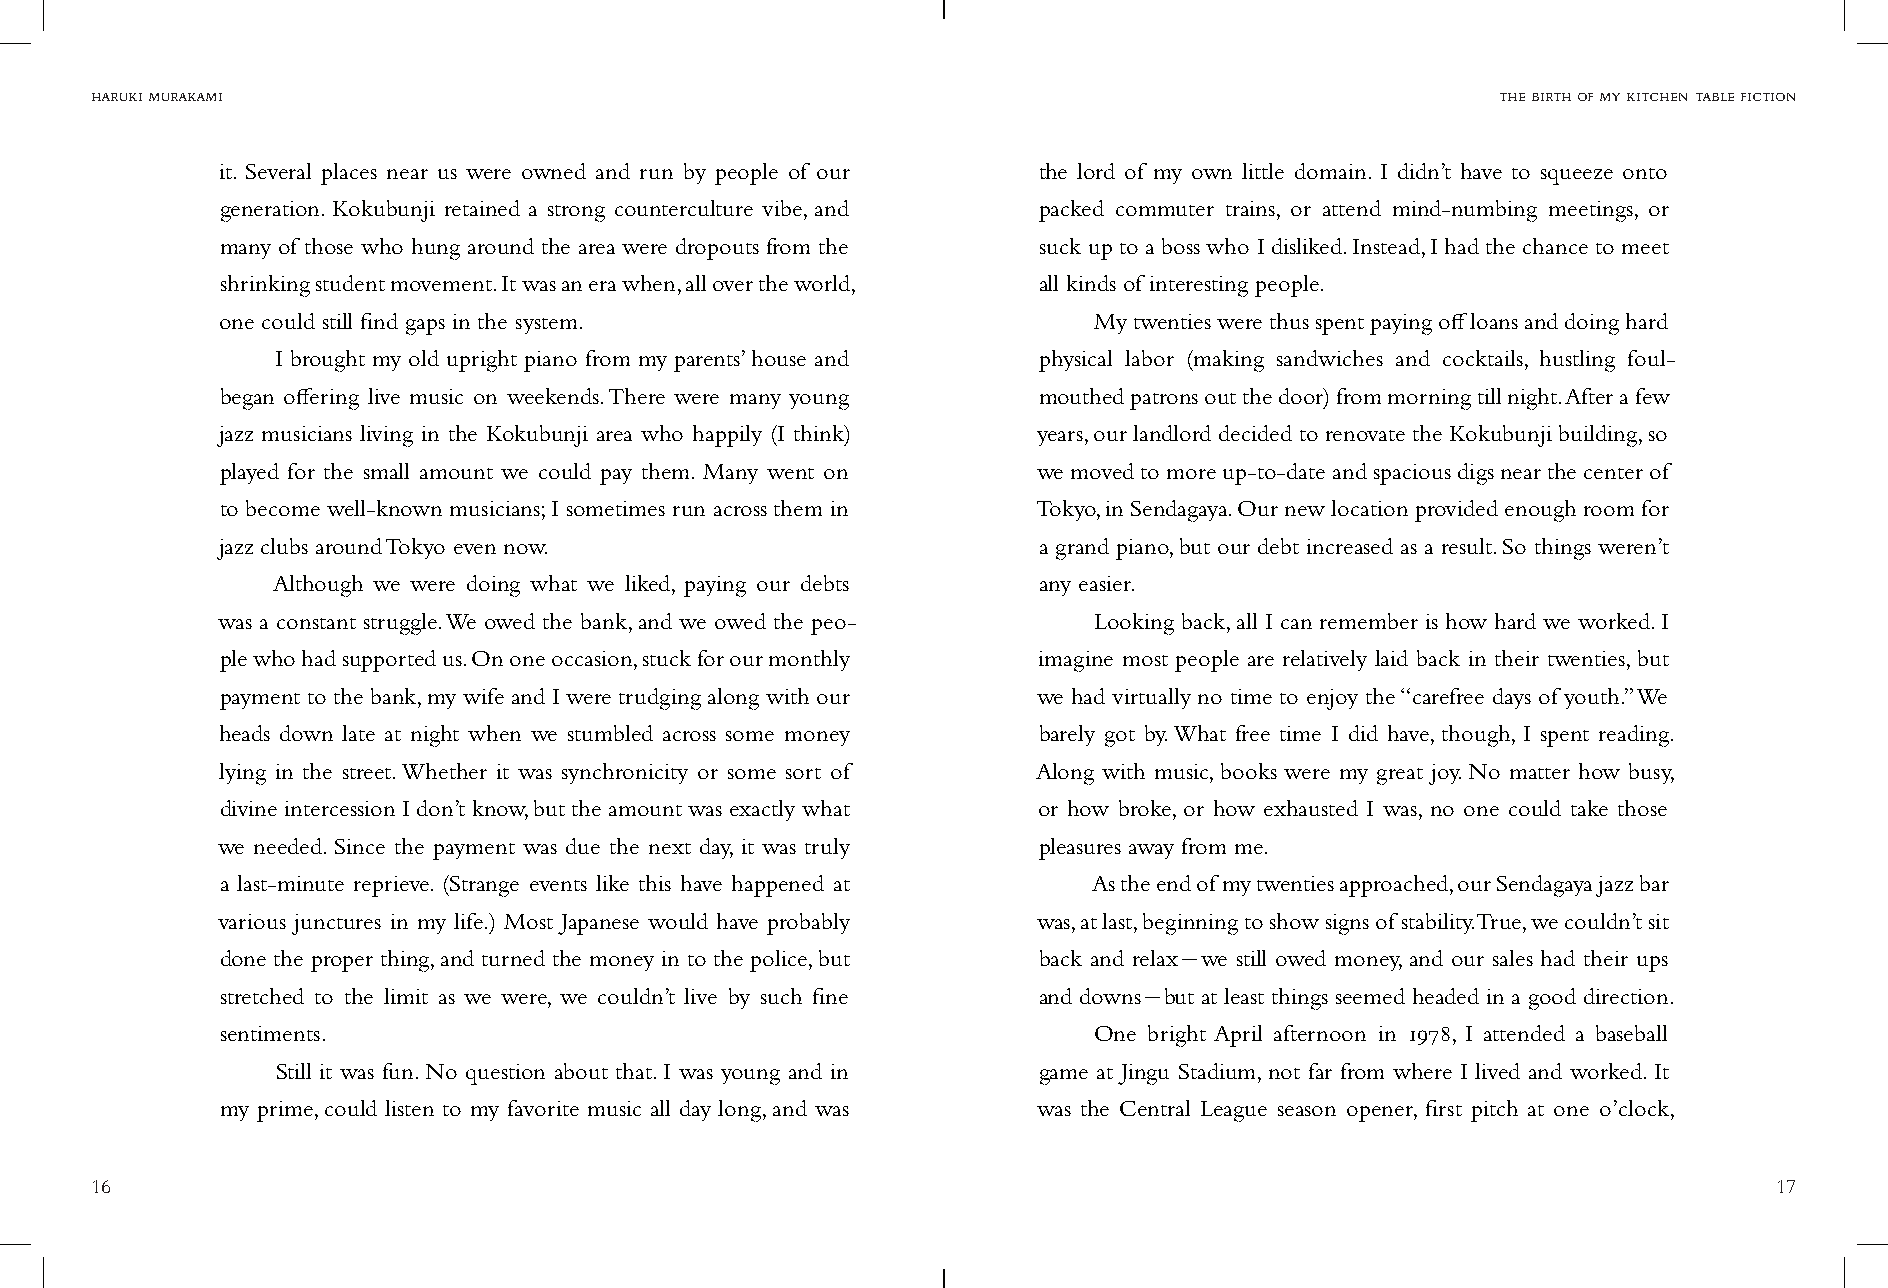
haruki murakami                                                                              the birth of my kitchen table fiction
 it. Several places near us were owned and run by people of our the lord of my own little domain. I didn’t have to squeeze onto
 generation. Kokubunji retained a strong counterculture vibe, and packed commuter trains, or attend mind-numbing meetings, or
 many of those who hung around the area were dropouts from the suck up to a boss who I disliked. Instead, I had the chance to meet
 shrinking student movement. It was an era when, all over the world, all kinds of interesting people.
 one could still find gaps in the system.                 My twenties were thus spent paying off loans and doing hard
 I brought my old upright piano from my parents’ house and physical labor (making sandwiches and cocktails, hustling foul-
 began offering live music on weekends. There were many young mouthed patrons out the door) from morning till night. After a few
 jazz musicians living in the Kokubunji area who happily (I think) years, our landlord decided to renovate the Kokubunji building, so
 played for the small amount we could pay them. Many went on we moved to more up-to-date and spacious digs near the center of
 to become well-known musicians; I sometimes run across them in Tokyo, in Sendagaya. Our new location provided enough room for
 jazz clubs around Tokyo even now.                     a grand piano, but our debt increased as a result. So things weren’t
 Although we were doing what we liked, paying our debts any easier.
 was a constant struggle. We owed the bank, and we owed the peo- Looking back, all I can remember is how hard we worked. I
 ple who had supported us. On one occasion, stuck for our monthly imagine most people are relatively laid back in their twenties, but
 payment to the bank, my wife and I were trudging along with our we had virtually no time to enjoy the “carefree days of youth.” We
 heads down late at night when we stumbled across some money barely got by. What free time I did have, though, I spent reading.
 lying in the street. Whether it was synchronicity or some sort of Along with music, books were my great joy. No matter how busy,
 divine intercession I don’t know, but the amount was exactly what or how broke, or how exhausted I was, no one could take those
 we needed. Since the payment was due the next day, it was truly pleasures away from me.
 a last-minute reprieve. (Strange events like this have happened at As the end of my twenties approached, our Sendagaya jazz bar
 various junctures in my life.) Most Japanese would have probably was, at last, beginning to show signs of stability. True, we couldn’t sit
 done the proper thing, and turned the money in to the police, but back and relax-we still owed money, and our sales had their ups
 stretched to the limit as we were, we couldn’t live by such fine and downs-but at least things seemed headed in a good direction.
 sentiments.                                              One bright April afternoon in 1978, I attended a baseball
 Still it was fun. No question about that. I was young and in game at Jingu Stadium, not far from where I lived and worked. It
 my prime, could listen to my favorite music all day long, and was was the Central League season opener, first pitch at one o’clock,
 16                                                                                                              17